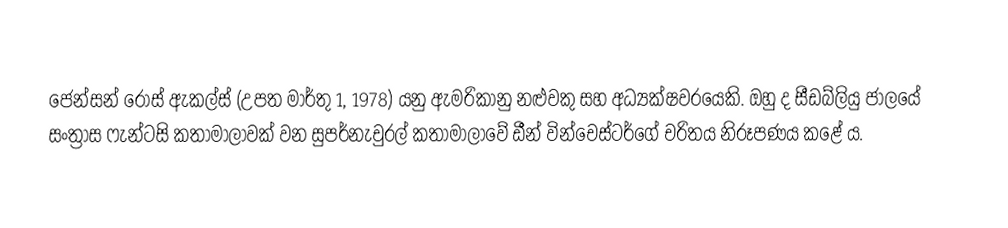
ජෙන්සන් රොස් ඇකල්ස් (උපත මාර්තු 1, 1978) යනු ඇමරිකානු නළුවකු සහ අධ්‍යක්ෂවරයෙකි. ඔහු ද සීඩබ්ලියු ජාලයේ සංත්‍රාස ෆැන්ටසි කතාමාලාවක් වන සුපර්නැචුරල් කතාමාලාවේ ඩීන් වින්චෙස්ටර්ගේ චරිතය නිරූපණය කළේ ය.